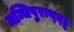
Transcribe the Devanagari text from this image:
नन्धिपुराथ्त्हू